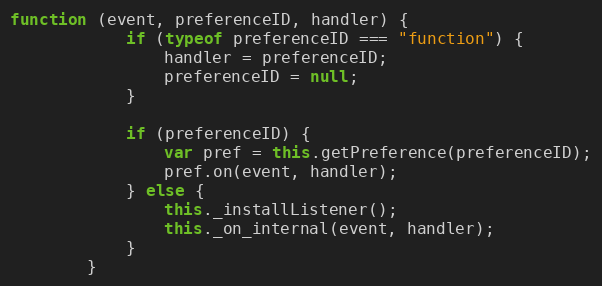
Language: JavaScript
function (event, preferenceID, handler) {
            if (typeof preferenceID === "function") {
                handler = preferenceID;
                preferenceID = null;
            }

            if (preferenceID) {
                var pref = this.getPreference(preferenceID);
                pref.on(event, handler);
            } else {
                this._installListener();
                this._on_internal(event, handler);
            }
        }